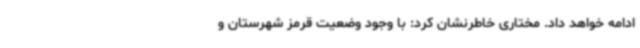
ادامه خواهد داد. مختاری خاطرنشان کرد: با وجود وضعیت قرمز شهرستان و